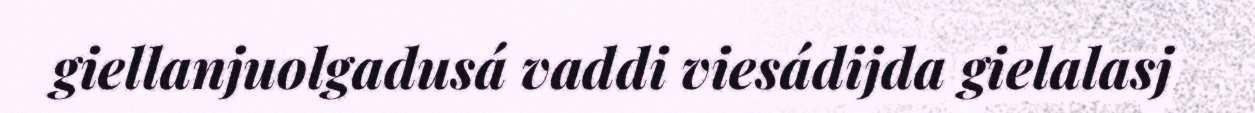
giellanjuolgadusá vaddi viesádijda gielalasj